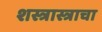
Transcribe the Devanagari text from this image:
शस्त्रास्त्राचा